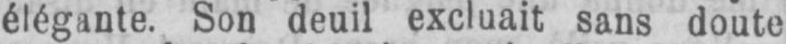
Son deuil excluait sans doute